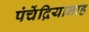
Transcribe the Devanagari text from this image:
पंचेंद्रियानाह